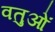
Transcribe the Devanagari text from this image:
वतुओं